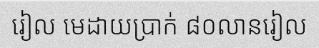
រៀល មេដាយប្រាក់ ៨០លានរៀល